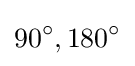
90^{\circ },180^{\circ }